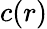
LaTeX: c(r)